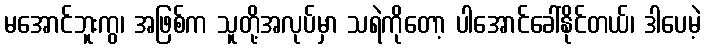
မအောင်ဘူးကွ၊ အဖြစ်က သူတို့အလုပ်မှာ သရဲကိုတော့ ပါအောင်ခေါ်နိုင်တယ်၊ ဒါပေမဲ့